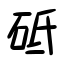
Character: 砥